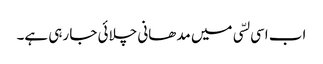
اب اسی لسّی میں مدھانی چلائی جا رہی ہے۔